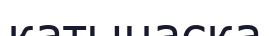
катынаска